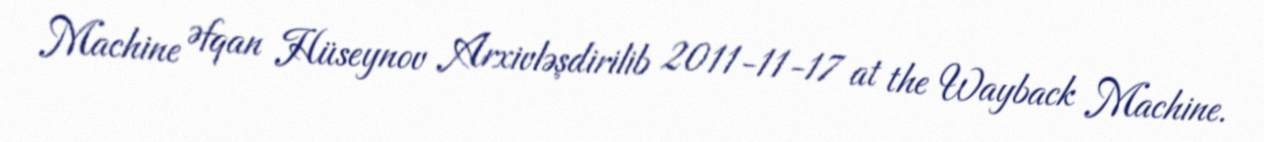
Machine Əfqan Hüseynov Arxivləşdirilib 2011-11-17 at the Wayback Machine.